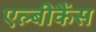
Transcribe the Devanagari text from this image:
एल्बीकैंस